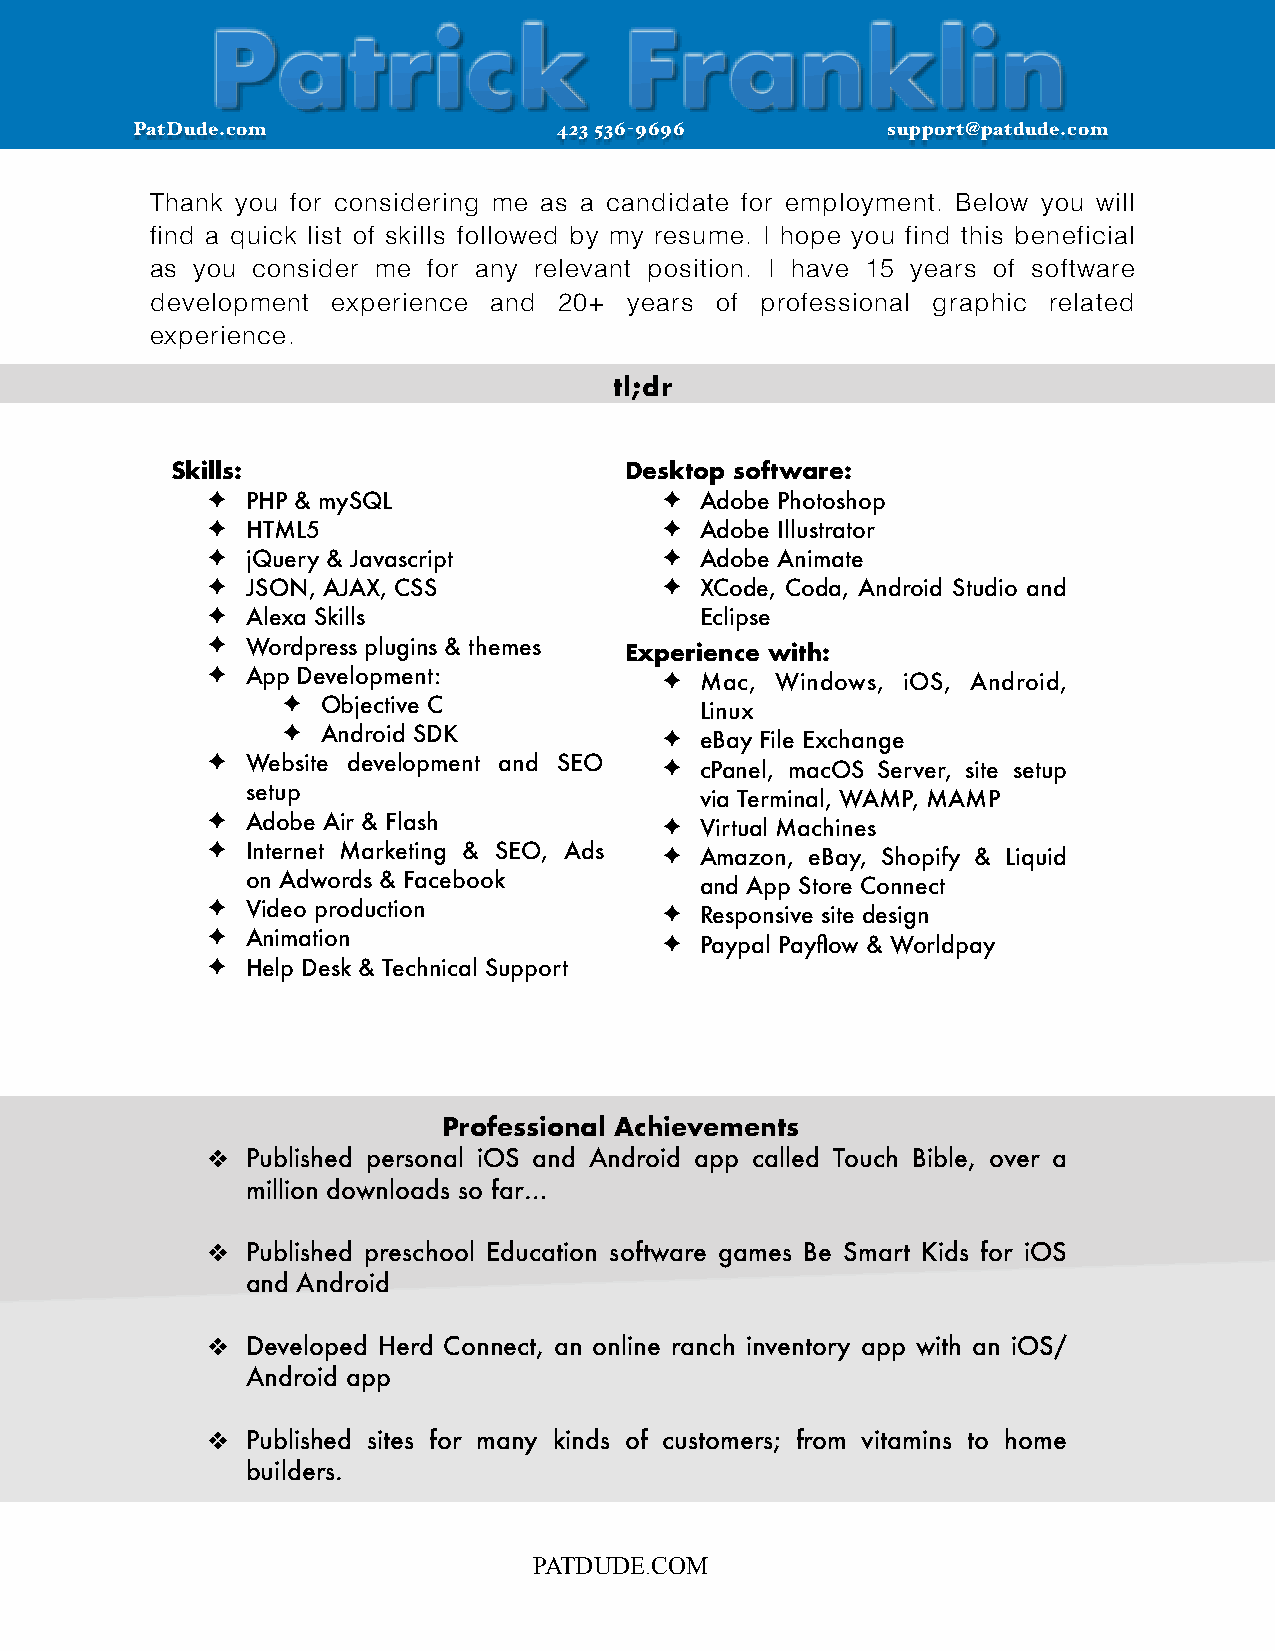
Patrick                    Franklin
 PatDude.com                 423 536-9696          support@patdude.com
 Thank you for considering me as a candidate for employment. Below you will
 find a quick list of skills followed by my resume. I hope you find this beneficial
 as you consider me for any relevant position. I have 15 years of software
 development experience and 20+  years of professional graphic related
 experience.
 tl;dr
 Skills:                       Desktop software:
 ✦ PHP & mySQL                 ✦ Adobe Photoshop
 ✦ HTML5                       ✦ Adobe Illustrator
 ✦ jQuery & Javascript         ✦ Adobe Animate
 ✦ JSON, AJAX, CSS             ✦ XCode, Coda, Android Studio and
 ✦ Alexa Skills                  Eclipse
 ✦ Wordpress plugins & themes Experience with:
 ✦ App Development:            ✦ Mac, Windows, iOS, Android,
 ✦ Objective C              Linux
 ✦ Android SDK            ✦ eBay File Exchange
 ✦ Website development and SEO ✦ cPanel, macOS Server, site setup
 setup                         via Terminal, WAMP, MAMP
 ✦ Adobe Air & Flash           ✦ Virtual Machines
 ✦ Internet Marketing & SEO, Ads ✦ Amazon, eBay, Shopify & Liquid
 on Adwords & Facebook         and App Store Connect
 ✦ Video production            ✦ Responsive site design
 ✦ Animation                   ✦ Paypal Payflow & Worldpay
 ✦ Help Desk & Technical Support
 Professional Achievements
 ❖ Published personal iOS and Android app called Touch Bible, over a
 million downloads so far…
 ❖ Published preschool Education software games Be Smart Kids for iOS
 and Android
 ❖ Developed Herd Connect, an online ranch inventory app with an iOS/
 Android app
 ❖ Published sites for many kinds of customers; from vitamins to home
 builders.
 PATDUDE.COM